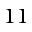
1 1